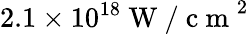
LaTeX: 2.1\times 10^{18}\mathrm{~W~/~c~m~}^{2}